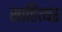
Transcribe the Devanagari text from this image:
साहित्यर